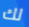
لك